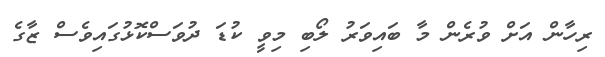
ރިހާން އަށް ވުރެން މާ ބައިވަރު ލޯބި މިވީ ކުޑަ ދުވަސްކޮޅުގައިވެސް ޒާގެ